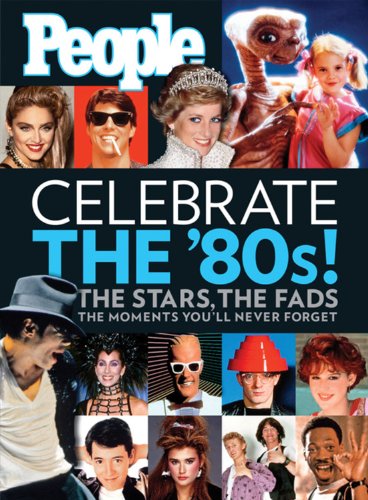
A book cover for People:  Celebrate the 80's; Editors of People Magazine; Law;